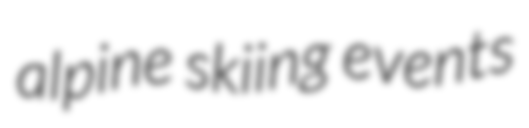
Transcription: alpine skiing events